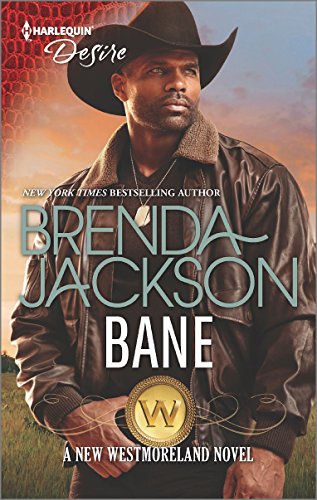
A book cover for Bane (The Westmorelands); Brenda Jackson; Romance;